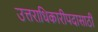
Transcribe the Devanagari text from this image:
उत्तराधिकारीपदासाठी